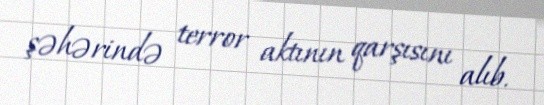
şəhərində terror aktının qarşısını alıb.